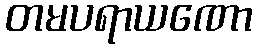
တမပရာယဏော